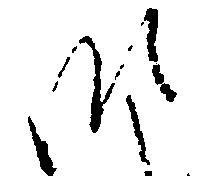
御